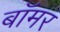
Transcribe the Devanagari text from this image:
बॉमर